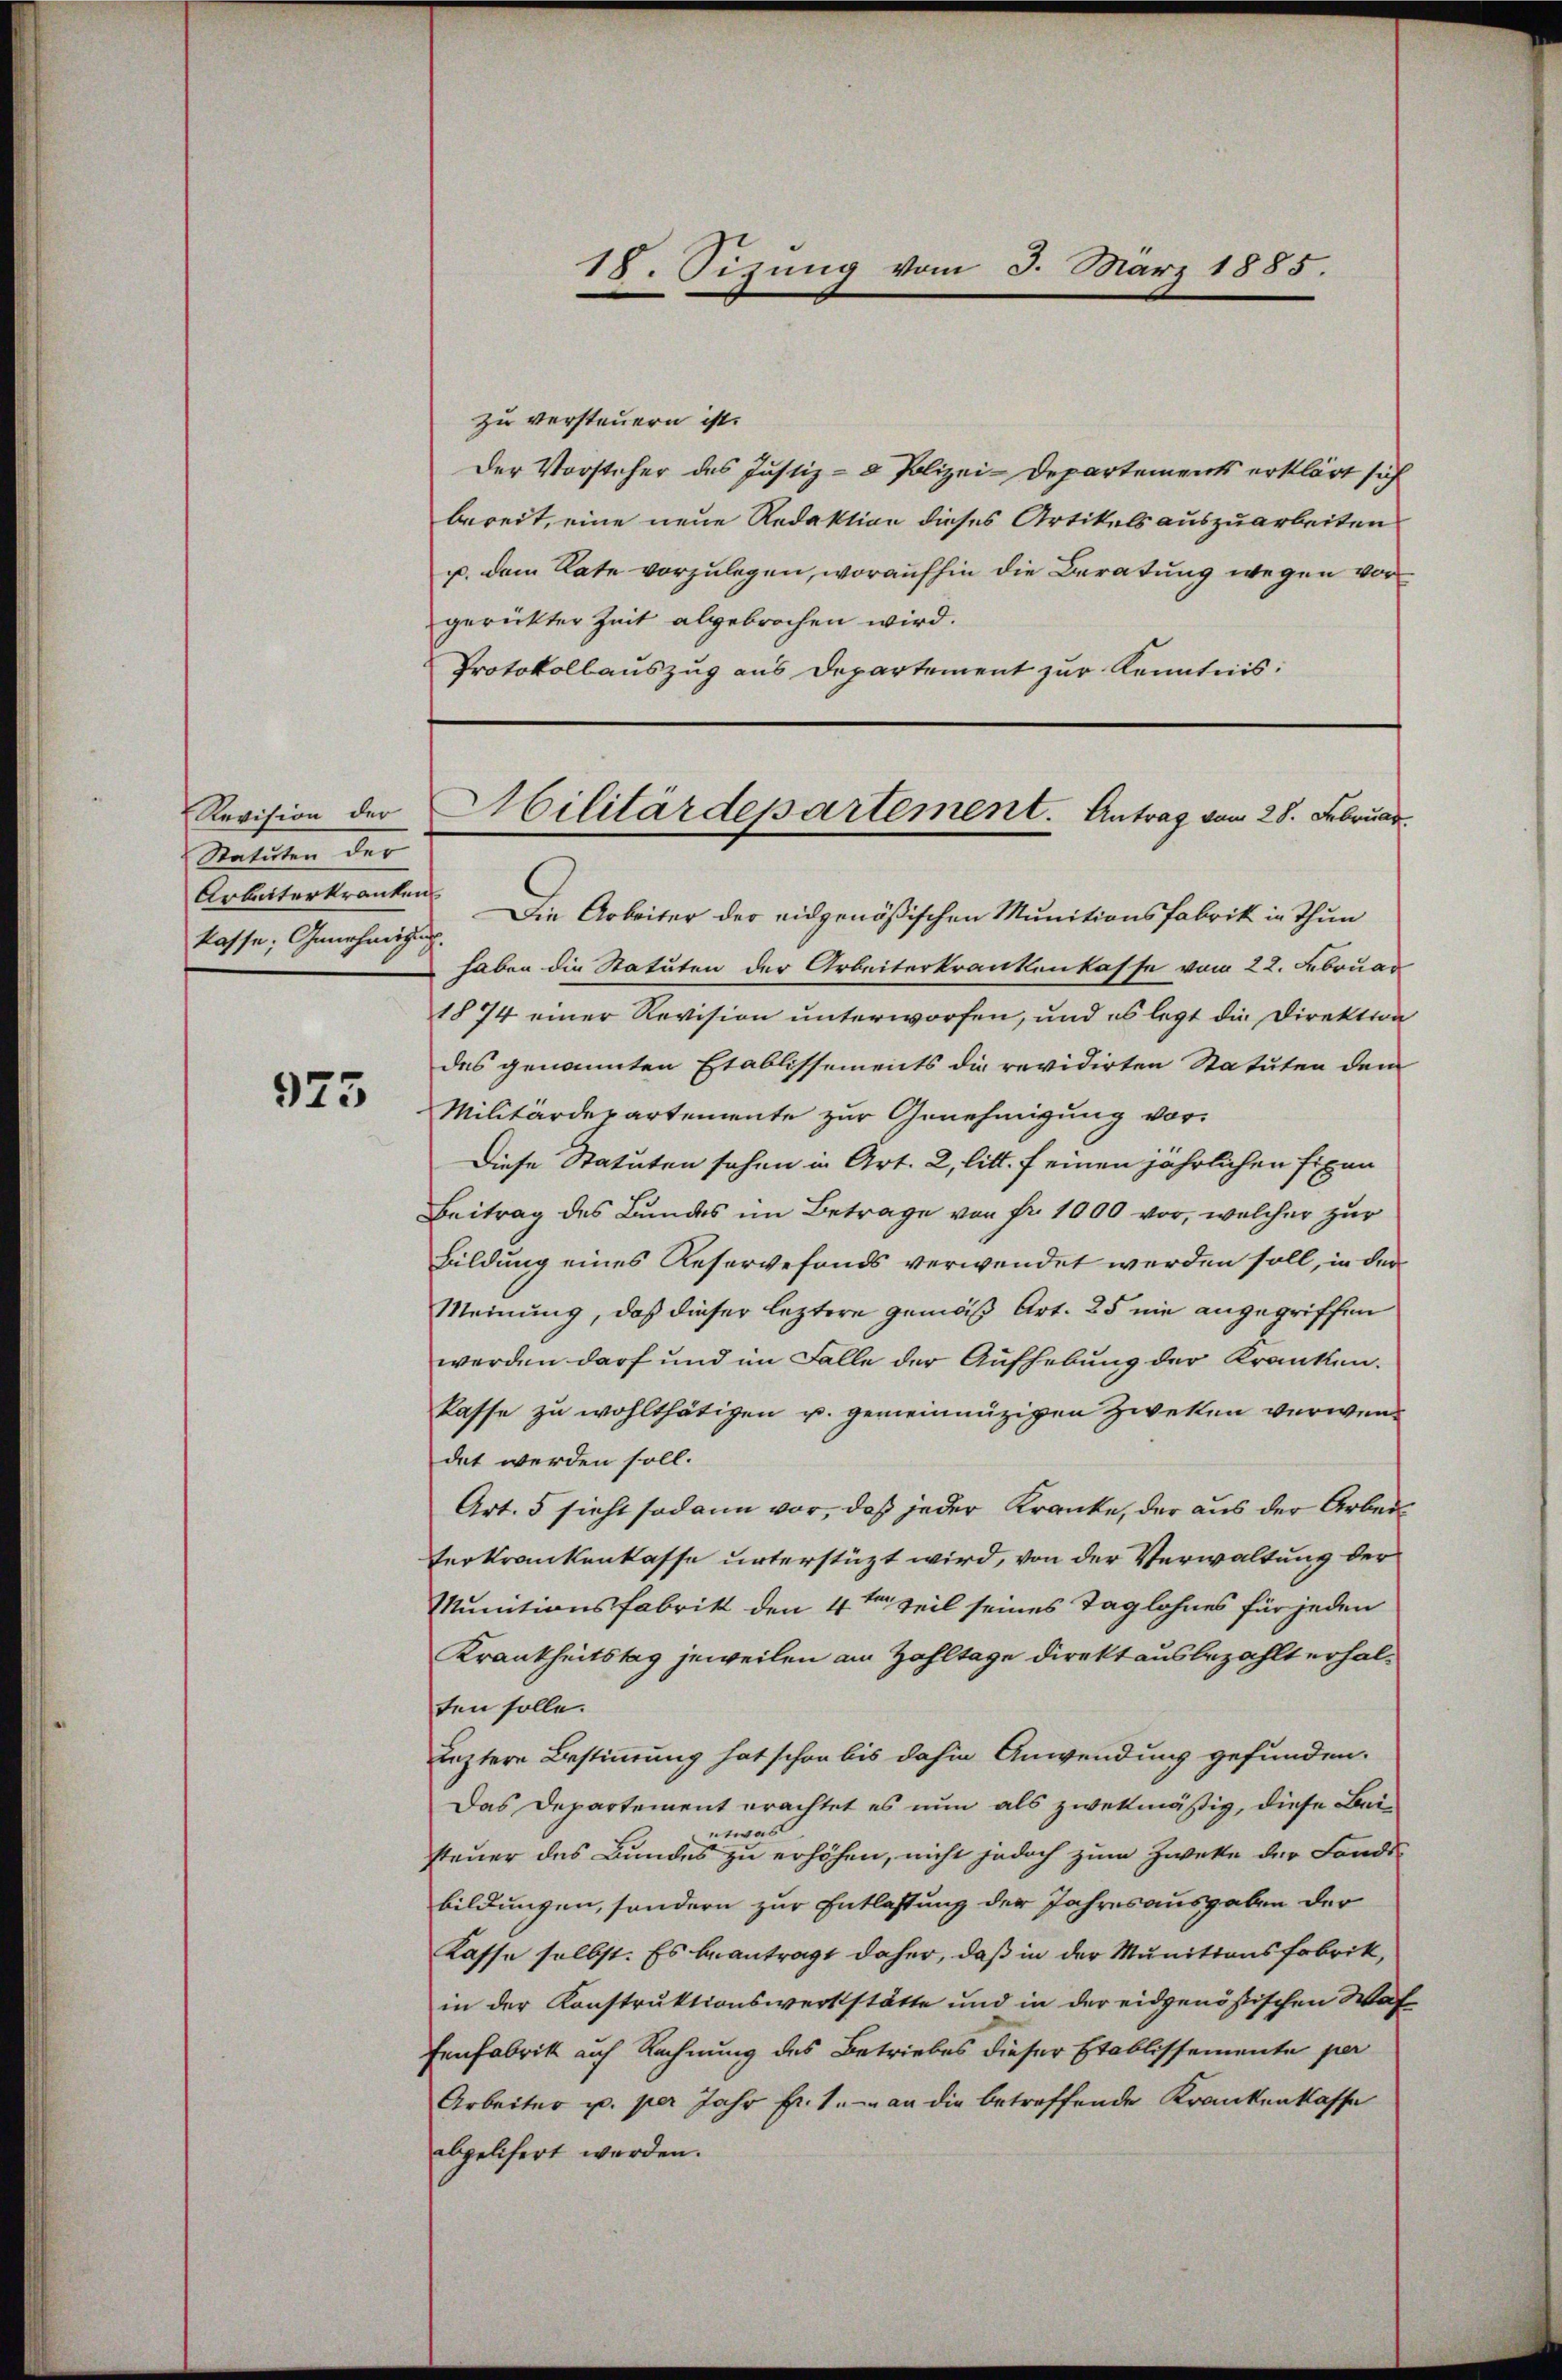
Revision der
Statuten der
Arbeiterkranken
klasse, Genehmigung.

975

zu versteuern ist.
Der Vorsteher des Justiz- & Polizei-Departements erklärt sich
bereit, eine neue Redaktion dieses Artikels auszuarbeiten
p. dem Rate vorzulegen, woraufhin die Beratung wegen vor
gerückter Zeit abgebrochen wird.
Protokollauszug aus Departement zur Kenntnis:

18. Sizung vom 3. März 1885.

Die Arbeiter der eidgenößischen Munitionsfabrik in Thun
haben die Statuten der Arbeiterkrankenkasse vom 22. Februar
1874 einer Revision unterworfen, und es legt die Direktion
des genannten Etablissements die revidirten Statuten dem
Militärdepartemente zur Genehmigung vor¬
Diese Statuten sehen in Art. 2, litt. f einen jährlichen Eigen
Beitrag des Bundes im Betrage von Fr. 1000 vor, welcher zur
Bildung eines Reservefonds verwendet werden soll, in der
Meinung, daß dieser leztere gemäß Art. 25 nie angegriffen
werden darf und im Falle der Aufhebung der Kranken.
kasse zu wohlthätigen u. gemeinnüzigen Zweken verwendet werden soll.
Art. 5 sieht sodann vor, daß jeder Kranke, der aus der Arbeiterkrankenkasse unterstüzt wird, von der Verwaltung der
Munitionsfabrik den 4ten Zeil seines Taglohnes für jeden
Krankheitstag jeweilen am Zahltage direkt ausbezahlt erhalten solle.
leztere Bestimmung hat schon bis dahin Anwendung gefunden.
Das Departement erachtet es nun als zwekmäßig, diese Bei-
etwas
steuer des Bundes zu erhöhen, nicht jedoch zum Zwecke der Landsbildungen, sondern zur Entlassung der Jahresausgaben der
Kasse selbst. Es beantragt daher, daß in der Munitionsfabrik,
in der Konstruktionswerkstätte und in der eidgenössischen Waf
Eenfabrik auf Rechnung des Betriebes dieser Etablissemente per
Arbeiter u. per Jahr fr. 1. an die betreffende Krankentlasse
abgelifert werden.

Militärdepartement. Antrag vom 28. Februar